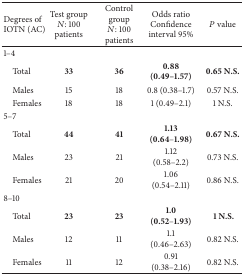
| Degrees of IOTN (AC) | Test group N: 100 patients | Control group N: 100 patients | Odds ratio Confidence interval 95% | P value |
 | --- | --- | --- | --- | --- |
 | 1–4 |  |  |  |  |
 | Total | 33 | 36 | 0.88 (0.49–1.57) | 0.65 N.S. |
 | Males | 15 | 18 | 0.8 (0.38–1.7) | 0.57 N.S. |
 | Females | 18 | 18 | 1 (0.49–2.1) | 1 N.S. |
 | 5–7 |  |  |  |  |
 | Total | 44 | 41 | 1.13 (0.64–1.98) | 0.67 N.S. |
 | Males | 23 | 21 | 1.12 (0.58–2.2) | 0.73 N.S. |
 | Females | 21 | 20 | 1.06 (0.54–2.11) | 0.86 N.S. |
 | 8–10 |  |  |  |  |
 | Total | 23 | 23 | 1.0 (0.52–1.93) | 1 N.S. |
 | Males | 12 | 11 | 1.1 (0.46–2.63) | 0.82 N.S. |
 | Females | 11 | 12 | 0.91 (0.38–2.16) | 0.82 N.S. |